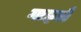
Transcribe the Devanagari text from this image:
गाइले